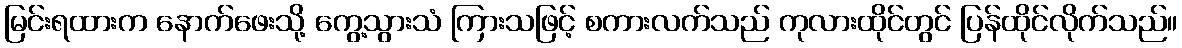
မြင်းရထားက နောက်ဖေးသို့ ကွေ့သွားသံ ကြားသဖြင့် စကားလက်သည် ကုလားထိုင်တွင် ပြန်ထိုင်လိုက်သည်။